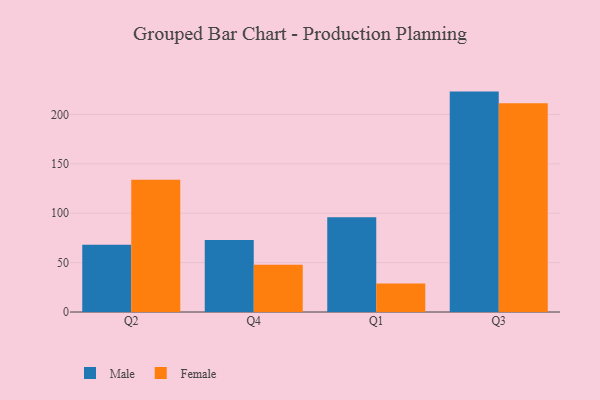
{"axis": {"x": "Quarter", "y": "Headcount"}, "legend": ["Female", "Male"], "data": [{"x": "Q2", "y": 68.0, "type": "Male"}, {"x": "Q2", "y": 134.0, "type": "Female"}, {"x": "Q4", "y": 72.8, "type": "Male"}, {"x": "Q4", "y": 47.9, "type": "Female"}, {"x": "Q1", "y": 95.9, "type": "Male"}, {"x": "Q1", "y": 28.8, "type": "Female"}, {"x": "Q3", "y": 223.2, "type": "Male"}, {"x": "Q3", "y": 211.5, "type": "Female"}]}